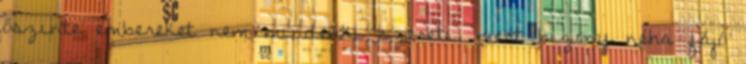
őszinte embereket nem mindenki szereti, mert bizony néha fájó